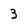
Character: 3